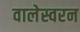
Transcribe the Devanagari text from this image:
वालेस्वरन